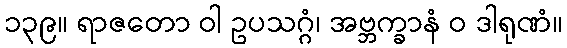
၁၃၉။ ရာဇတော ဝါ ဥပသဂ္ဂံ၊ အဗ္ဘက္ခာနံ ဝ ဒါရုဏံ။